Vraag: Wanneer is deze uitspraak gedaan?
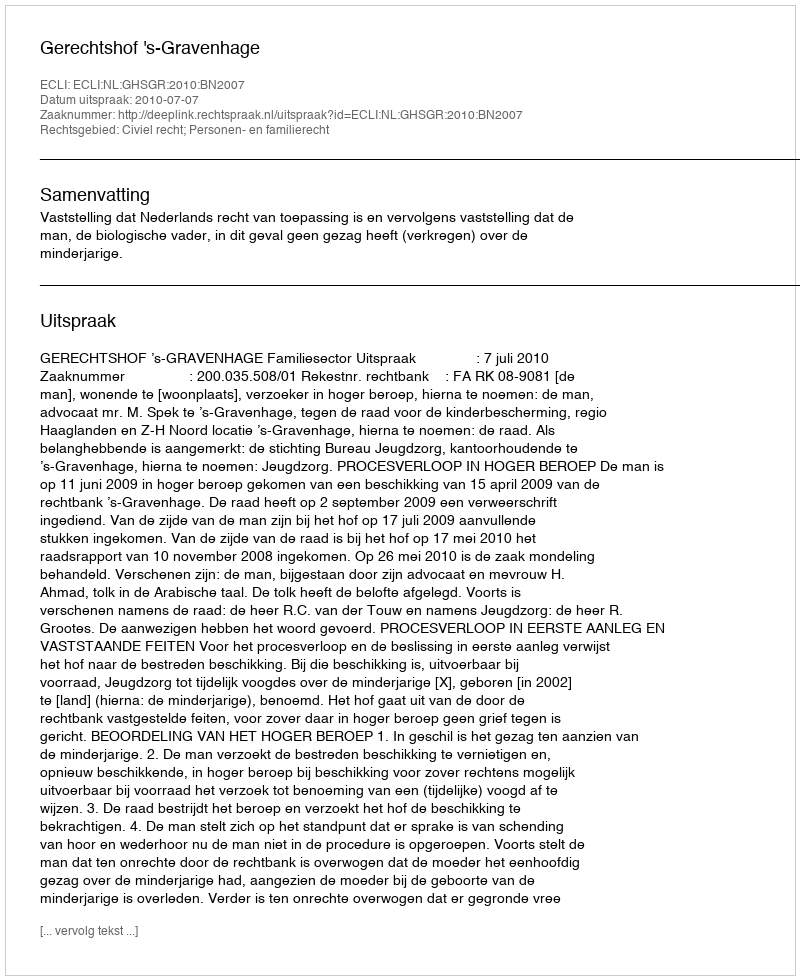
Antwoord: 2010-07-07